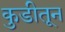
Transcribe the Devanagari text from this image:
कुडीतून